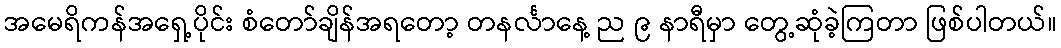
အမေရိကန်အရှေ့ပိုင်း စံတော်ချိန်အရတော့ တနင်္လာနေ့ ည ၉ နာရီမှာ တွေ့ဆုံခဲ့ကြတာ ဖြစ်ပါတယ်။